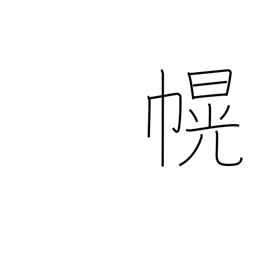
Meaning: canopy